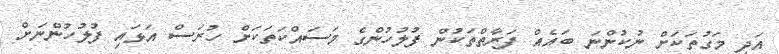
އަދި މަގުތަކަށް ނުކުންނަ ބައެއް ފަރާތްތަކުން ފުލުހުންގެ މަސައްކަތަކަށް ހުރަސް އަޅައި ފުލުހުންނަށް